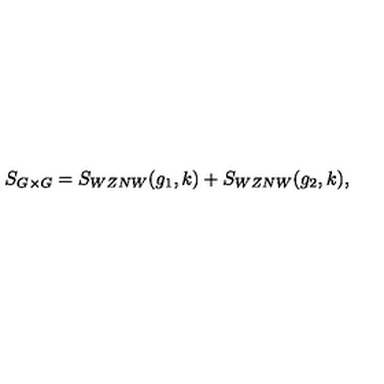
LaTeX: S _ { G \times G } = S _ { W Z N W } ( g _ { 1 } , k ) + S _ { W Z N W } ( g _ { 2 } , k ) ,